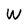
Character: w